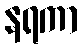
နရကာ